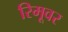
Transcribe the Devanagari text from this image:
रिमूवर